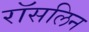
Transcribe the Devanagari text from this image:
रॉसलिन